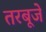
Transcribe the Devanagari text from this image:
तरबूजे